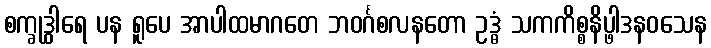
စက္ခုဒွါရေ ပန ရူပေ အာပါထမာဂတေ ဘဝင်္ဂစလနတော ဥဒ္ဓံ သကကိစ္စနိပ္ဖါဒနဝသေန